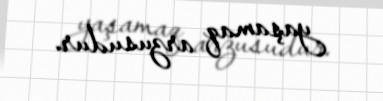
yaşamaq arzusudur.